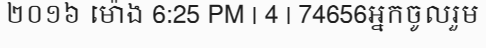
២០១៦ ម៉ោង 6:25 PM | 4 | 74656អ្នកចូលរួម